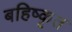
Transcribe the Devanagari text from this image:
बहिष्‍कृत